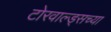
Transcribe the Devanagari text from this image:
टोरवाल्ड्सच्या